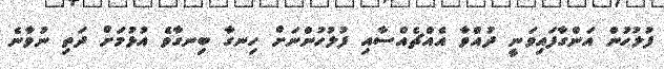
ފުލުހުން އަންގާފައިވަނީ ދުއްވާ އެއްޗެއްސާއި ފުލުހުންނަށް ހިނގާ ބިނގާވެ އުޅުމަށް ދަތި ނުވާނެ